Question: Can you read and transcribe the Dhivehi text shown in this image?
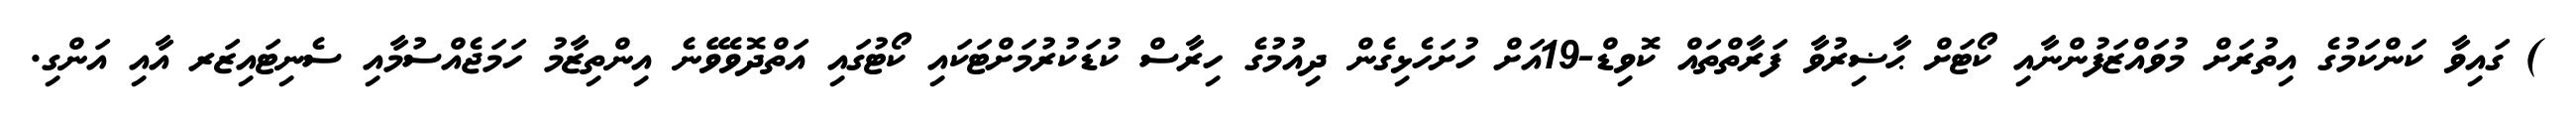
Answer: ) ގައިވާ ކަންކަމުގެ އިތުރަށް މުވައްޒަފުންނާއި ކޯޓަށް ޙާޟިރުވާ ފަރާތްތައް ކޮވިޑް-19އަށް ހުށަހެޅިގެން ދިއުމުގެ ހިރާސް ކުޑަކުރުމަށްޓަކައި ކޯޓުގައި އަތްދޮވެވޭނެ އިންތިޒާމު ހަމަޖެއްސުމާއި ސެނިޓައިޒަރ އާއި އަންގި.